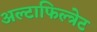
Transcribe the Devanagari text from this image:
अल्टाफिल्त्रेट